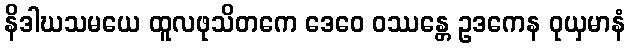
နိဒါဃသမယေ ထူလဖုသိတကေ ဒေဝေ ဝဿန္တေ ဥဒကေန ဝုယှမာနံ